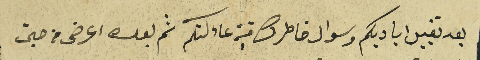
بعد تقبيل اياديكم وسوال خاطرك فية عاءلتكم ثم بعد اعرض من حين